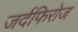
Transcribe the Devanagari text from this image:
जर्दफिरोज